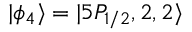
| \phi _ { 4 } \rangle = | 5 P _ { 1 / 2 } , 2 , 2 \rangle